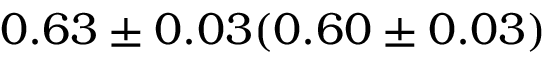
0 . 6 3 \pm 0 . 0 3 ( 0 . 6 0 \pm 0 . 0 3 )